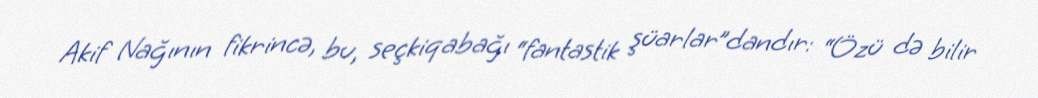
Akif Nağının fikrincə, bu, seçkiqabağı “fantastik şüarlar”dandır: “Özü də bilir